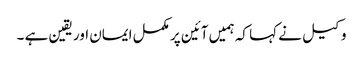
وکیل نے کہا کہ ہمیں آئین پر مکمل ایمان اور یقین ہے ۔